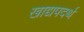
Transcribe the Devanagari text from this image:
खाद्यपदर्थ